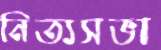
নিত্যসভা